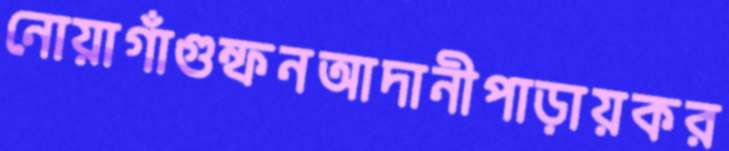
নোয়াগাঁগুম্ফনআদানীপাড়ায়কর